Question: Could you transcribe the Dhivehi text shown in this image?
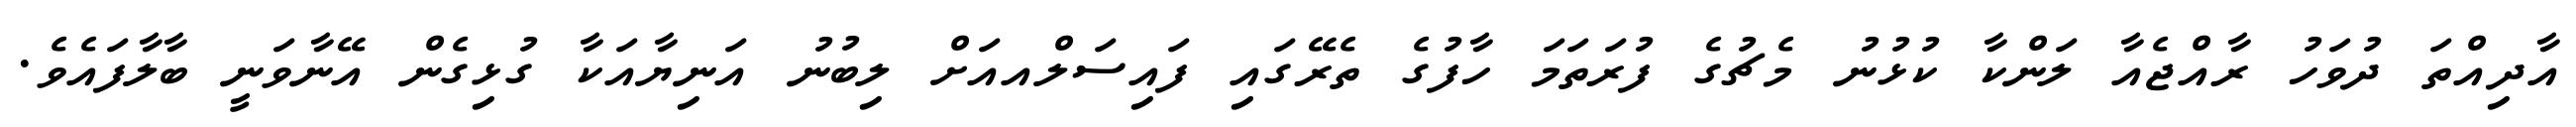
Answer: އާދިއްތަ ދުވަހު ރާއްޖެއާ ލަންކާ ކުޅުނު މެޗުގެ ފުރަތަމަ ހާފުގެ ތެރޭގައި ފައިސަލްއއަށް ލިބުނު އަނިޔާއަކާ ގުޅިގެން އޭނާވަނީ ބާލާފައެވެ.